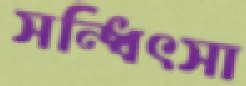
সন্ধিৎসা